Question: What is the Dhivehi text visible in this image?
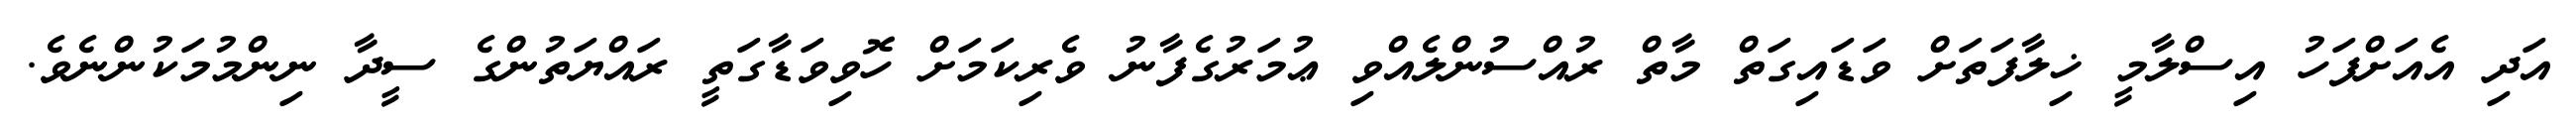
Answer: އަދި އެއަށްފަހު އިސްލާމީ ޚިލާފަތަށް ވަޑައިގަތް މާތް ރުއްސުންލެއްވި ޢުމަރުގެފާނު ވެރިކަމަށް ހޮވިވަޑާގަތީ ރައްޔަތުންގެ ސީދާ ނިންމުމަކުންނެވެ.